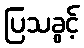
ပြသခွင့်